Rae_vallavalitsus, lk 73
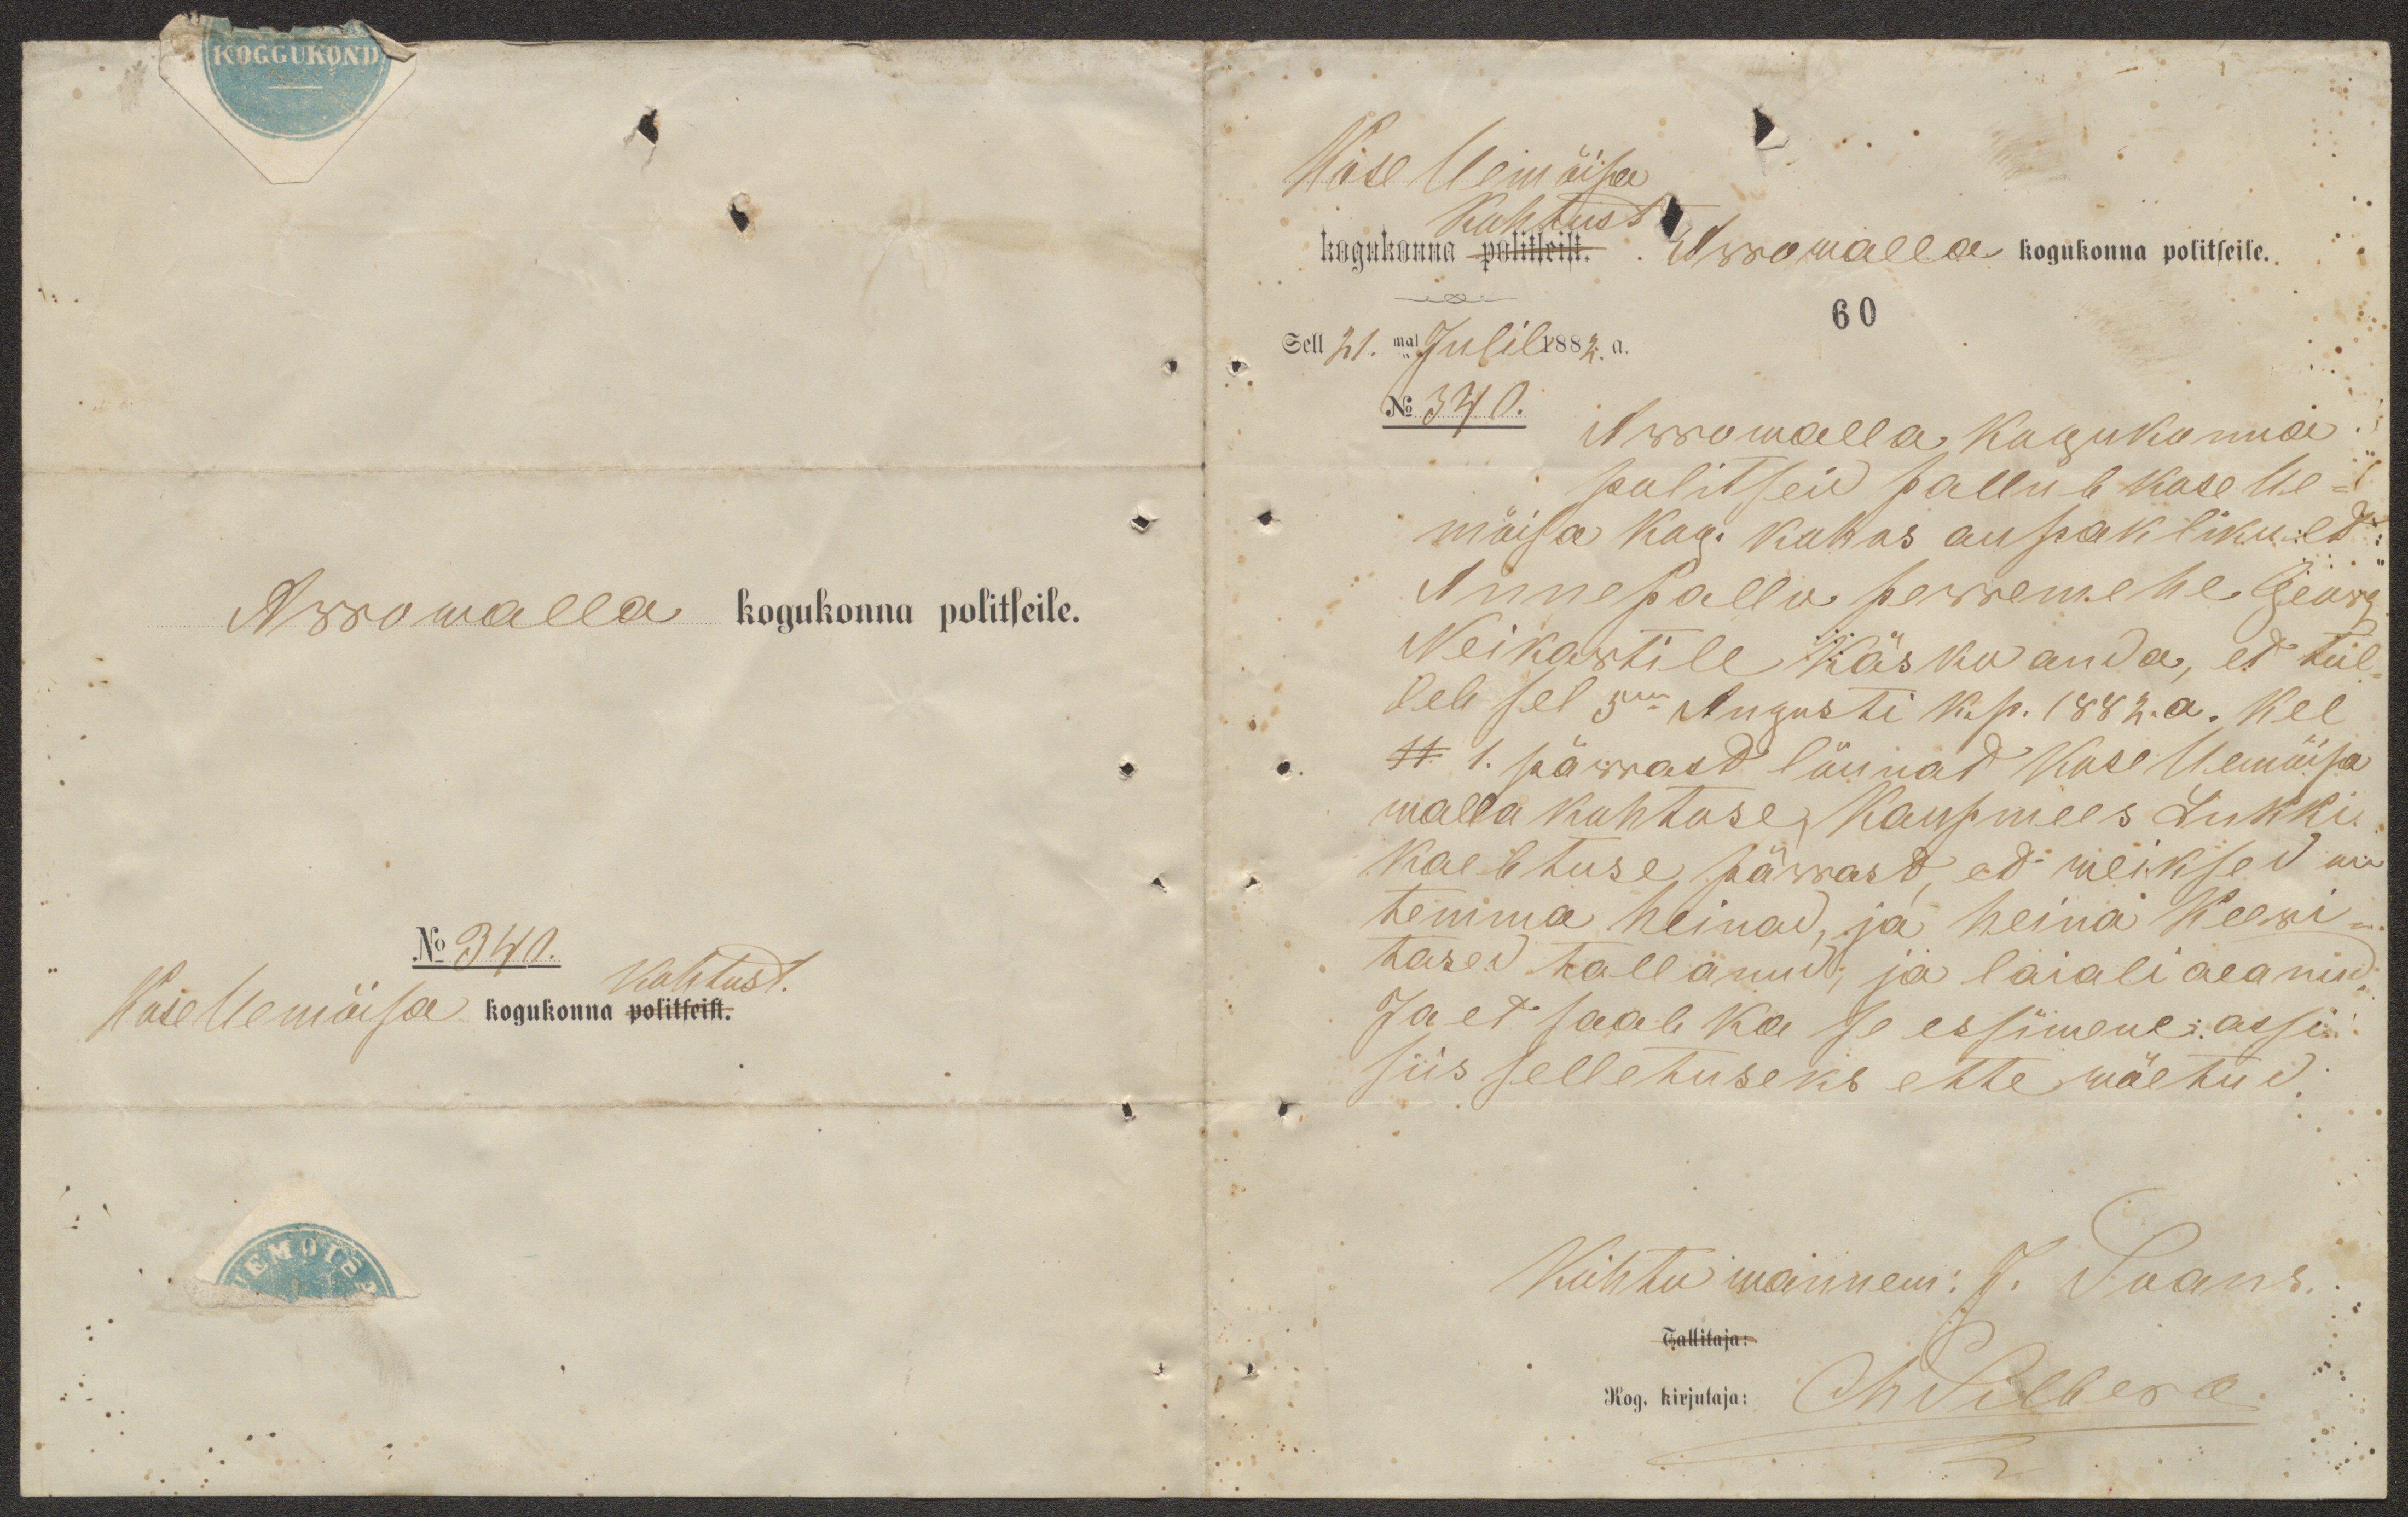
Arrowalla kogukonna politseile.
No 340.
kohtust.
Kose Uemõisa kogukonna politseist.

Kose Uemõisa
kohtust
kogukonna politseist. Arrowalla kogukonna politseile.
60
Sell 21.mal Julil 1882. a.
No 340.
Arrowalla Kogukonna
politseid pallub Kose Ue-
mõisa kog. kohas aupaklikult
Annepallo perremehe Georg
Neikartile käsku anda, et tul-
leb sel 5em Augusti k.p. 1882.a. kel
11. 1. pärrast lõunad Kose Uemõisa
walla kohtuse, kaupmees Lukki
kaebtuse pärrast, et weiksed on
temma heinad, ja heina keeri-
tased tallanud, ja laiali aeanud.
Ja et saab ka se essimene assi
siis selletuseks ette wõetud.
Kohtu wannem: J. Soans.
Tallitaja:
Kog. kirjutaja: